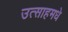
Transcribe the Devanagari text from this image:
उत्साहमधे